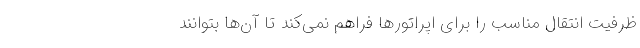
ظرفیت انتقال مناسب را برای اپراتورها فراهم نمی‌کند تا آن‌ها بتوانند